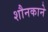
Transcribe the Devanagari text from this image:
शौनकाने